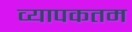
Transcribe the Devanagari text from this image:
व्यापकतम